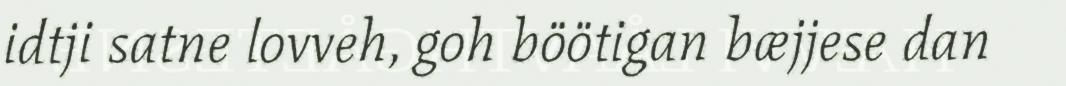
idtji satne lovveh, goh böötigan bæjjese dan